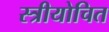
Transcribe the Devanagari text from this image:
स्त्रीयोचित